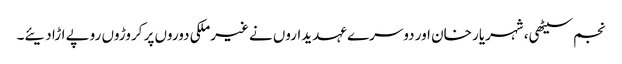
نجم سیٹھی، شہریار خان اور دوسرے عہدیداروں نے غیرملکی دوروں پر کروڑوں روپے اڑا دیئے۔